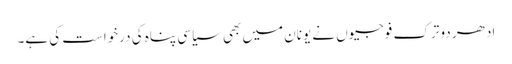
ادھر دو ترک فوجیوں نے یونان میں بھی سیاسی پناہ کی درخواست کی ہے۔